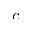
c